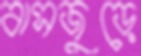
বাসজুড়ে